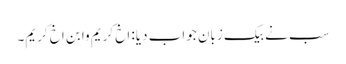
سب نے بیک زبان جواب دِیا: اخ کریم وابن اخ کریم۔